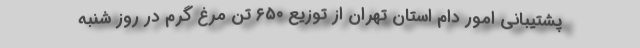
پشتیبانی امور دام استان تهران از توزیع ۶۵۰ تن مرغ گرم در روز شنبه